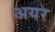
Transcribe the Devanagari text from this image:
अयर